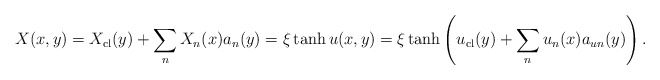
\begin{align*}X(x,y)=X_{\rm cl}(y)+\sum_n X_n(x) a_n(y)=\xi\tanh u(x, y) =\xi \tanh \left(u_{\rm cl}(y)+ \sum_n u_n(x) a_{u n} (y) \right).\end{align*}